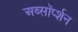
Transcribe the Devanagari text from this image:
अब्सॉर्प्शन